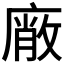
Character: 𭙱